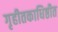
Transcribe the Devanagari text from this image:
गृहीतकाधिष्ठीत